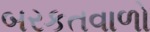
બરકતવાળો